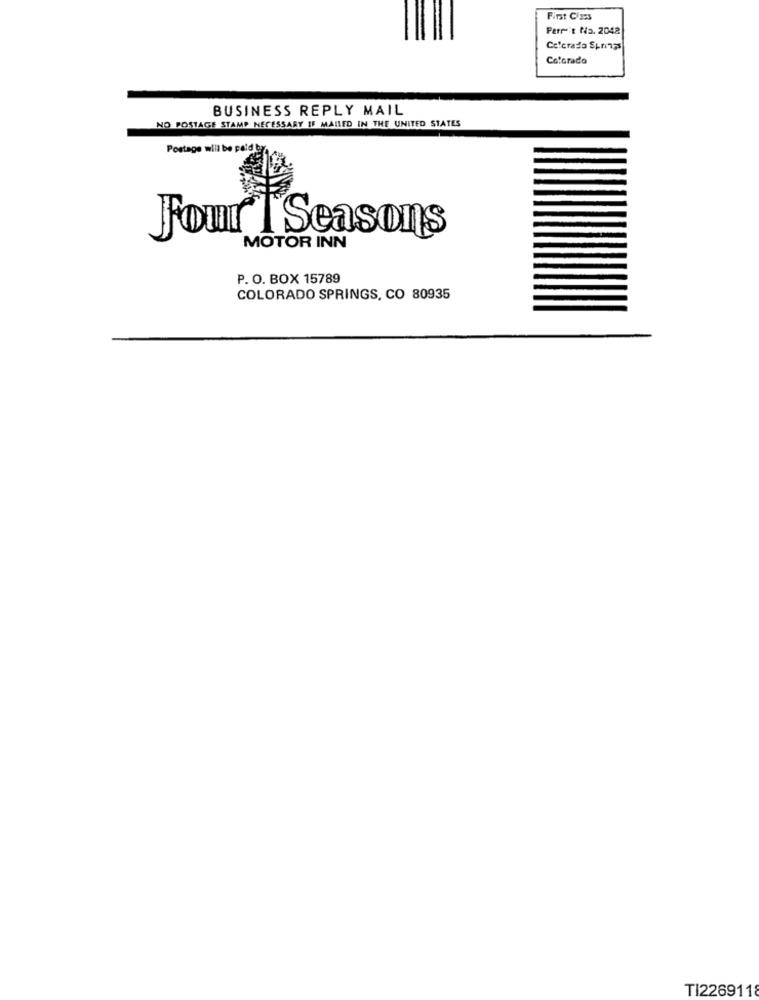
First Class
Ferrit Na. 2048
Colorado Springs
CofGrado
BUSINESS REPLY MAIL
NO POSTAGE STAMP NECESSARY IF MAILED IN THE UNITED STATES
Postage will be paid by
Four I Seasons
MOTOR INN
P. O. BOX 15789
COLORADO SPRINGS, CO 80935
TI2269118